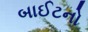
બાઈટનો